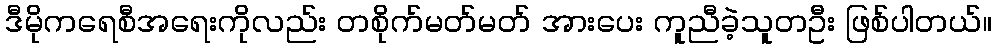
ဒီမိုကရေစီအရေးကိုလည်း တစိုက်မတ်မတ် အားပေး ကူညီခဲ့သူတဦး ဖြစ်ပါတယ်။